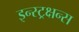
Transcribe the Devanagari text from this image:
इन्स्ट्रक्षन्स